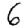
Digit: 6